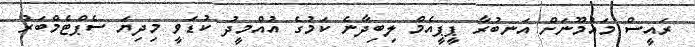
ރައީސް މައުމޫނަށް އަނބުރާ ޕީޕީއެމް ލިބިދާނެ ކަމުގެ އުއްމީދު ކުޑަވީ މިދިޔަ ސެޕްޓެމްބަރު